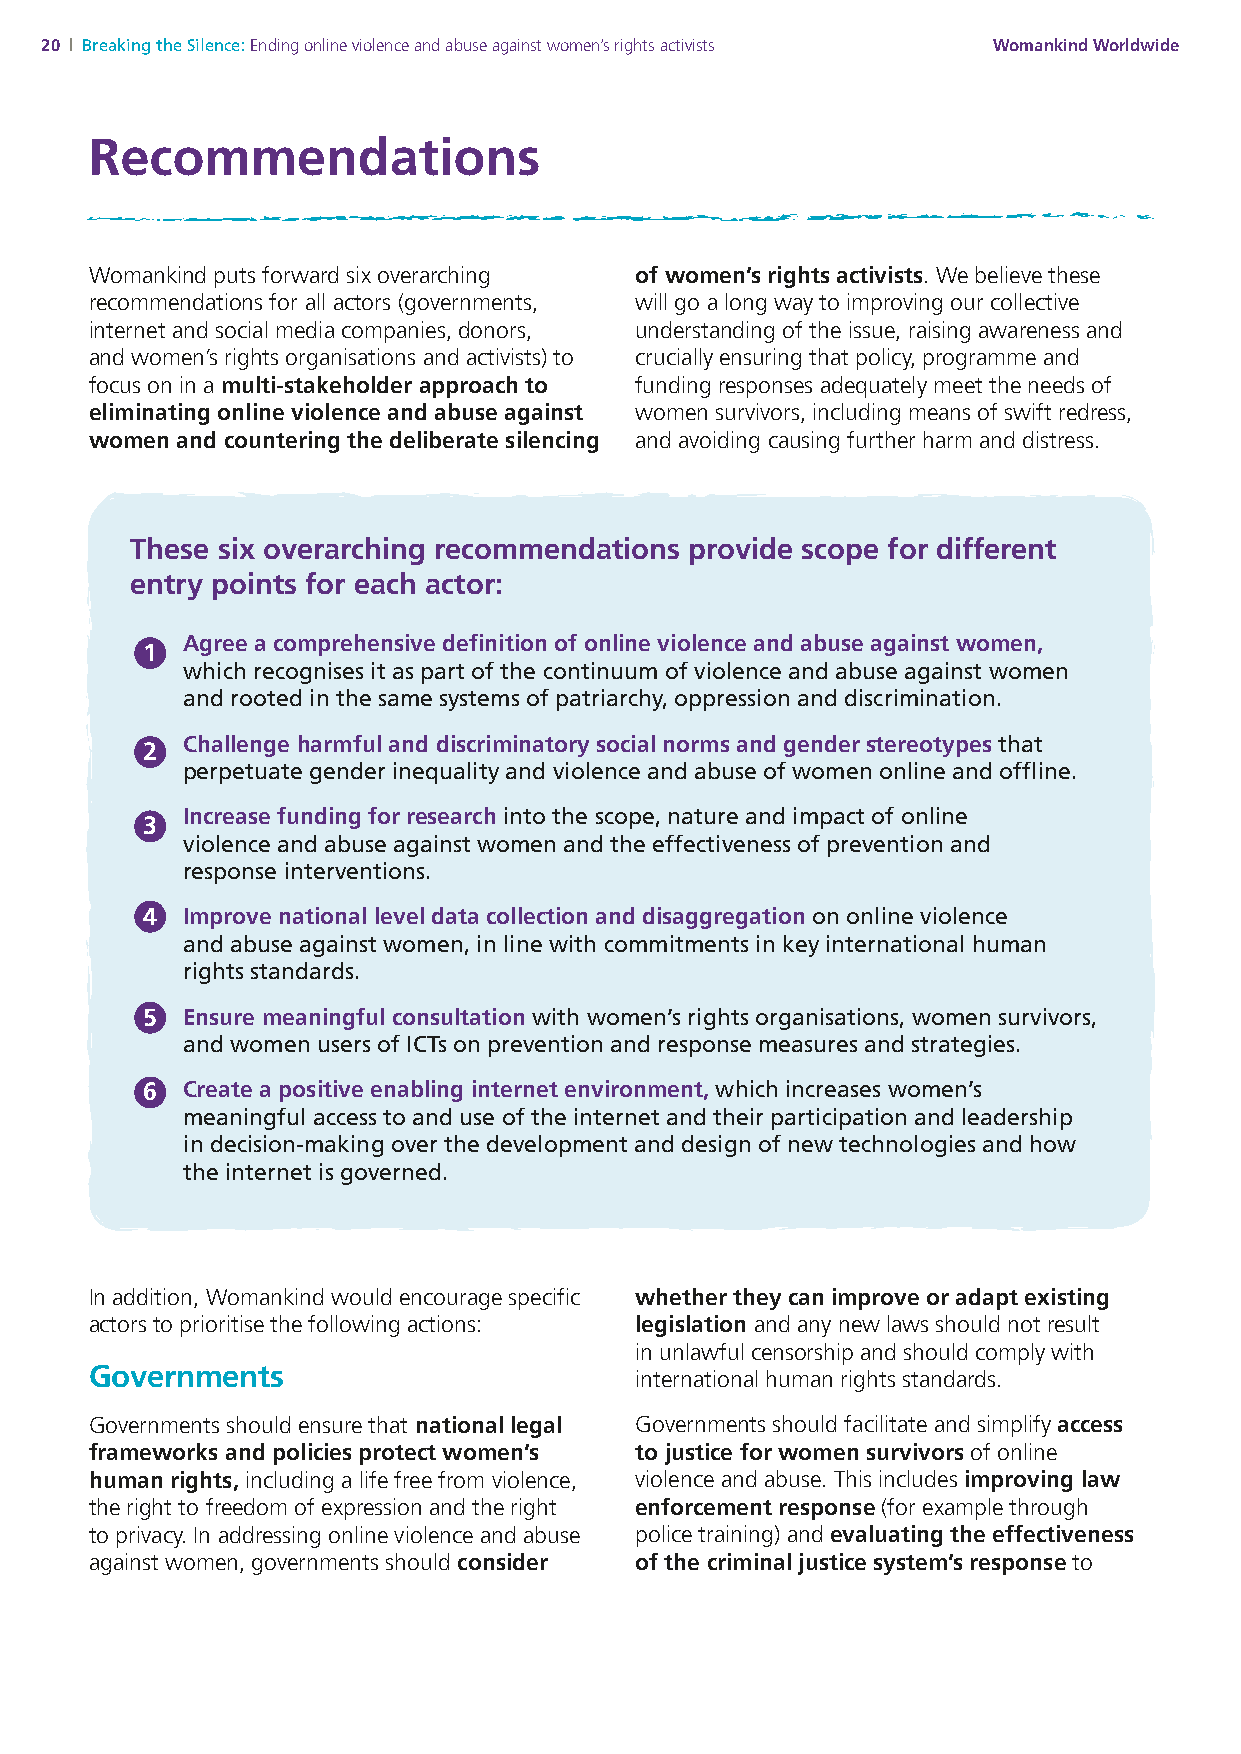
20 | Breaking the Silence: Ending online violence and abuse against women’s rights activists Womankind Worldwide
 Recommendations
 Womankind puts forward six overarching of women’s rights activists. We believe these
 recommendations for all actors (governments, will go a long way to improving our collective
 internet and social media companies, donors, understanding of the issue, raising awareness and
 and women’s rights organisations and activists) to crucially ensuring that policy, programme and
 focus on in a multi-stakeholder approach to funding responses adequately meet the needs of
 eliminating online violence and abuse against women survivors, including means of swift redress,
 women and countering the deliberate silencing and avoiding causing further harm and distress.
 These six overarching recommendations provide scope for different
 entry points for each actor:
 Agree a comprehensive definition of online violence and abuse against women,
 1
 which recognises it as part of the continuum of violence and abuse against women
 and rooted in the same systems of patriarchy, oppression and discrimination.
 Challenge harmful and discriminatory social norms and gender stereotypes that
 2
 perpetuate gender inequality and violence and abuse of women online and offline.
 Increase funding for research into the scope, nature and impact of online
 3
 violence and abuse against women and the effectiveness of prevention and
 response interventions.
 4  Improve national level data collection and disaggregation on online violence
 and abuse against women, in line with commitments in key international human
 rights standards.
 5  Ensure meaningful consultation with women’s rights organisations, women survivors,
 and women users of ICTs on prevention and response measures and strategies.
 6  Create a positive enabling internet environment, which increases women’s
 meaningful access to and use of the internet and their participation and leadership
 in decision-making over the development and design of new technologies and how
 the internet is governed.
 In addition, Womankind would encourage specific whether they can improve or adapt existing
 actors to prioritise the following actions: legislation and any new laws should not result
 in unlawful censorship and should comply with
 Governments                         international human rights standards.
 Governments should ensure that national legal Governments should facilitate and simplify access
 frameworks and policies protect women’s to justice for women survivors of online
 human rights, including a life free from violence, violence and abuse. This includes improving law
 the right to freedom of expression and the right enforcement response (for example through
 to privacy. In addressing online violence and abuse police training) and evaluating the effectiveness
 against women, governments should consider of the criminal justice system’s response to